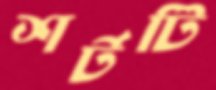
শর্টটি